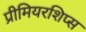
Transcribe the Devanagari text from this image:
प्रीमियरशिप्स